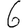
Digit: 6